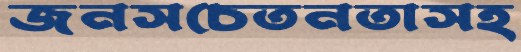
জনসচেতনতাসহ